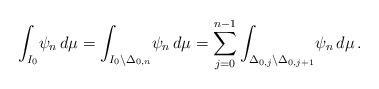
LaTeX: \begin{align*}\int_{I_0}\!\psi_n\,d\mu=\int_{I_0\setminus\Delta_{0,n}}\!\psi_n\,d\mu=\sum_{j=0}^{n-1}\int_{\Delta_{0,j}\setminus\Delta_{0,j+1}}\!\psi_n\,d\mu\,.\end{align*}